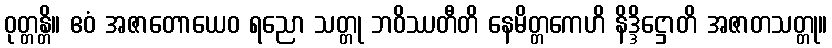
ဝုတ္တန္တိ။ ဧဝံ အဇာတောယေဝ ရညော သတ္တု ဘဝိဿတီတိ နေမိတ္တကေဟိ နိဒ္ဒိဋ္ဌောတိ အဇာတသတ္တု။